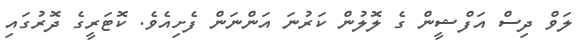
ލަވް ދިސް އަފްޝީން ގެ ލޮލުން ކަރުނަ އަންނަން ފެށިއެވެ. ކޮޓަރީގެ ދޮރުގައި